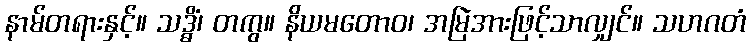
နာမ်တရားနှင့်။ သဒ္ဓိံ၊ တကွ။ နိယမတောဝ၊ အမြဲအားဖြင့်သာလျှင်။ သဟဂတံ